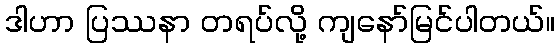
ဒါဟာ ပြဿနာ တရပ်လို့ ကျနော်မြင်ပါတယ်။